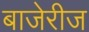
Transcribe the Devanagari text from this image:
बाजेरीज